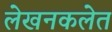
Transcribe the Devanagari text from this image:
लेखनकलेत